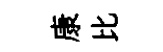
康比